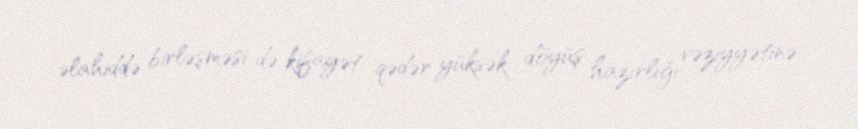
əlahiddə birləşməsi də kifayət qədər yüksək döyüş hazırlığı vəziyyətinə